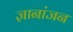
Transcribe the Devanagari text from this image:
ज्ञानांजन